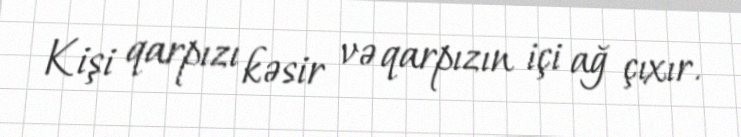
Kişi qarpızı kəsir və qarpızın içi ağ çıxır.